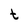
Character: t